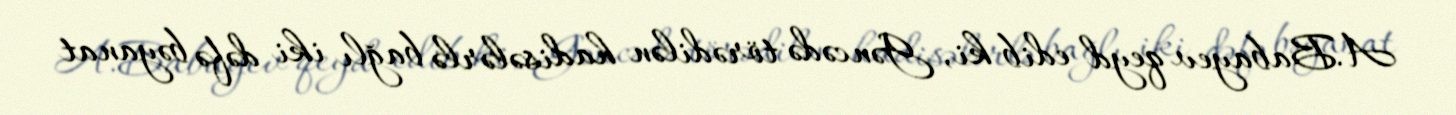
A.Babayev qeyd edib ki, Gəncədə törədilən hadisələrlə bağlı iki dəfə bəyanat